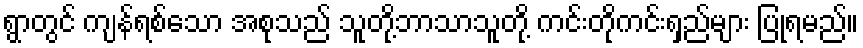
ရွာတွင် ကျန်ရစ်သော အစုသည် သူတို့ဘာသာသူတို့ ကင်းတိုကင်းရှည်များ ပြုရမည်။